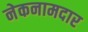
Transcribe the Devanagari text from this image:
नेकनामदार